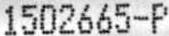
1502665-P